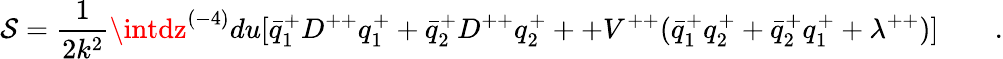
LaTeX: \mathcal{S}={\frac{{1}}{{2k^{2}}}}\intdz^{(-4)}du[\bar{{q}}_{1}^{+}D^{++}q_{1}^{+}+\bar{{q}}_{2}^{+}D^{++}q_{2}^{+}++V^{++}(\bar{{q}}_{1}^{+}q_{2}^{+}+\bar{{q}}_{2}^{+}q_{1}^{+}+\lambda^{++})]\qquad.